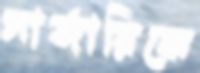
সার্জারিকে